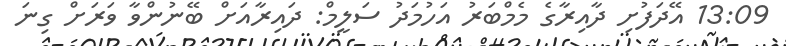
13:09 އޭދަފުށި ދާއިރާގެ މެމްބަރު އަހުމަދު ސަލީމް: ދައިރާއަށް ބޭނުންވާ ވަރަށް ގިނަ